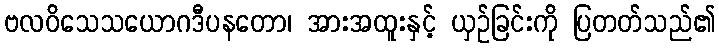
ဗလဝိသေသယောဂဒီပနတော၊ အားအထူးနှင့် ယှဉ်ခြင်းကို ပြတတ်သည်၏